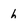
Character: h